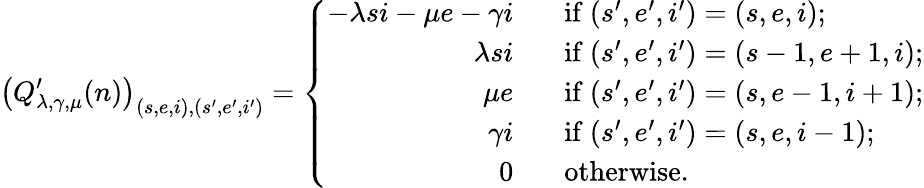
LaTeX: \left(Q_{\lambda,\gamma,\mu}^{\prime}(n)\right)_{(s,e,i),(s^{\prime},e^{\prime},i^{\prime})}=\left\{ \begin{array}{ll}{\begin{array}{rl}{-\lambda si-\mu e-\gamma i\; \; }&{\mathrm{~if~}(s^{\prime},e^{\prime},i^{\prime})=(s,e,i);}\\ {\lambda si\; \; }&{\mathrm{~if~}(s^{\prime},e^{\prime},i^{\prime})=(s-1,e+1,i);}\\ {\mu e\; \; }&{\mathrm{~if~}(s^{\prime},e^{\prime},i^{\prime})=(s,e-1,i+1);}\\ {\gamma i\; \; }&{\mathrm{~if~}(s^{\prime},e^{\prime},i^{\prime})=(s,e,i-1);}\\ {0\; \; }&{\mathrm{~otherwise.}}\end{array}}\end{array}\right.